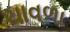
ચાવળા